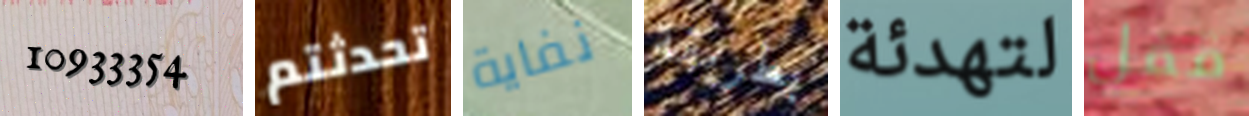
10933354 تحدثتم نفاية بطريقة لتهدئة قفل